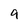
Character: 9